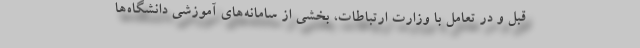
قبل و در تعامل با وزارت ارتباطات، بخشی از سامانه‌های آموزشی دانشگاه‌ها